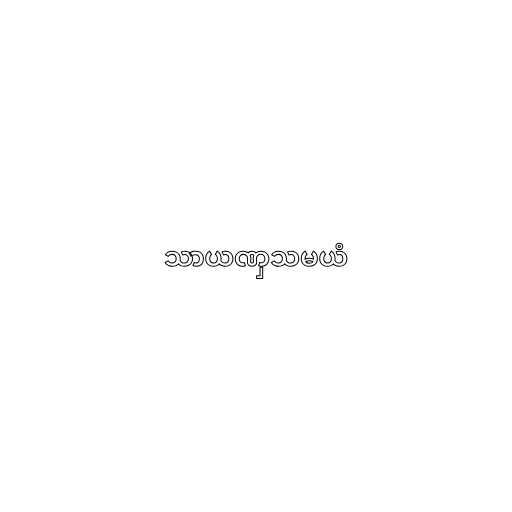
သာယဏှသမယံ